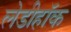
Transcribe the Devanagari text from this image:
लेडीहॉक